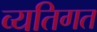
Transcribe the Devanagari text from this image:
व्‍यतिगत